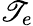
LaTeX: \mathscr{T}_{e}